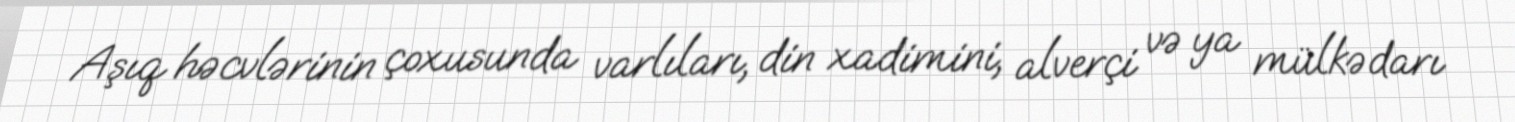
Aşıq həcvlərinin çoxusunda varlıları, din xadimini, alverçi və ya mülkədarı